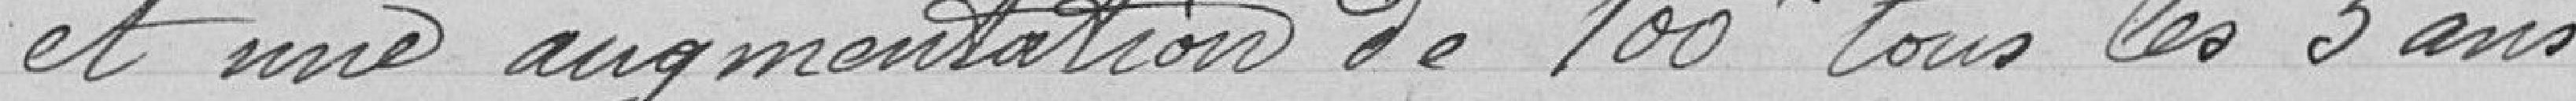
et une augmentation de 100f tous les 3 ans.